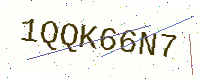
Text: 1QQK66N7